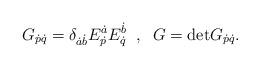
LaTeX: \begin{align*}G_{\dot{p}\dot{q}}=\delta_{\dot{a}\dot{b}} E_{\dot{p}}^{\dot{a}}E_{\dot{q}}^{\dot{b}}\;\;,\;\; G={\rm det}G_{\dot{p}\dot{q}}.\end{align*}